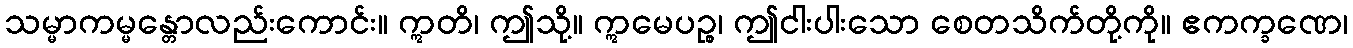
သမ္မာကမ္မန္တောလည်းကောင်း။ ဣတိ၊ ဤသို့။ ဣမေပဉ္စ၊ ဤငါးပါးသော စေတသိက်တို့ကို။ ဧကက္ခဏေ၊